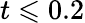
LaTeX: t\leqslant 0.2